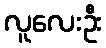
လူလေးဦး